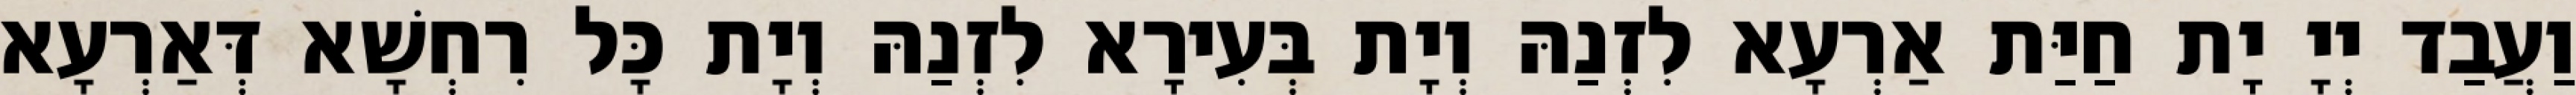
וַעֲבַד יְיָ יָת חַיַּת אַרְעָא לִזְנַהּ וְיָת בְּעִירָא לִזְנַהּ וְיָת כָּל רִחְשָׁא דְּאַרְעָא